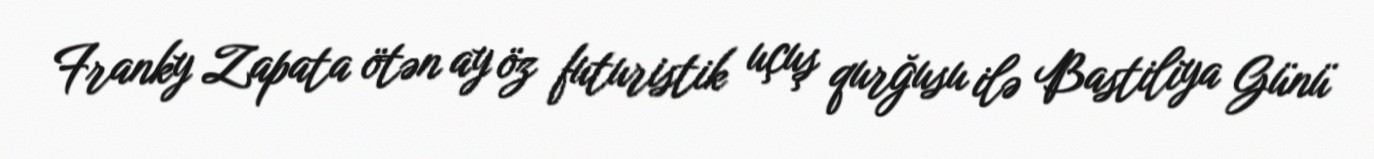
Franky Zapata ötən ay öz futuristik uçuş qurğusu ilə Bastiliya Günü